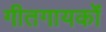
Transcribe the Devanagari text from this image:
गीतगायकों